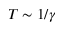
T \sim 1 / \gamma